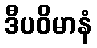
ဒီပဝိမာနံ